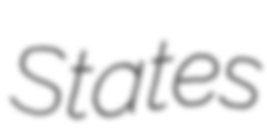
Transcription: States